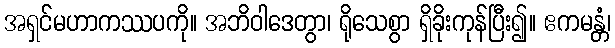
အရှင်မဟာကဿပကို။ အဘိဝါဒေတွာ၊ ရိုသေစွာ ရှိခိုးကုန်ပြီး၍။ ဧကမန္တံ၊